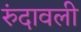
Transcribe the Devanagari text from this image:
रुंदावली